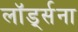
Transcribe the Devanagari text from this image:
लॉर्ड्सना